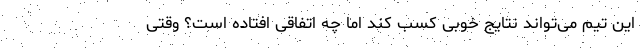
این تیم می‌تواند نتایج خوبی کسب کند اما چه اتفاقی افتاده است؟ وقتی